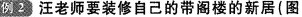
例2 汪老师要装修自己的带阁楼的新居( 图